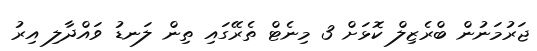
ޖަރުމަނުން ބްރެޒިލް ކޮޅަށް 3 މިނެޓް ތެރޭގައި ތިން ލަނޑު ވައްދާލި އިރު